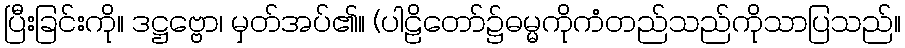
ပြီးခြင်းကို။ ဒဋ္ဌဗ္ဗော၊ မှတ်အပ်၏။ (ပါဠိတော်၌ဓမ္မကိုကံတည်သည်ကိုသာပြသည်။